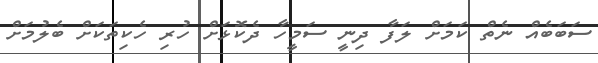
ސަބަބެއް ނެތް ކަމަށް ލަފާ ދިނީ ސަމީހާ ދެކޮޅަށް ހުރި ހެކިތަކަށް ބެލުމަށް